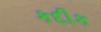
કદીક